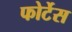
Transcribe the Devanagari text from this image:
फोर्टेस